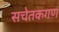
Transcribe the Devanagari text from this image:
सचेतकगण